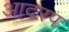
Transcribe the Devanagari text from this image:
आदरप